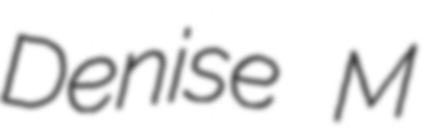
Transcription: Denise M